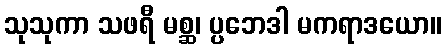
သုသုကာ သဖရီ မစ္ဆ၊ ပ္ပဘေဒါ မကရာဒယော။